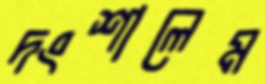
দংশালেম